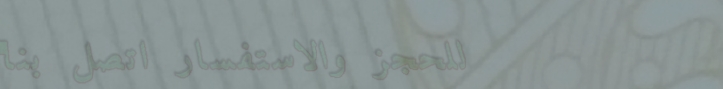
للحجز والاستفسار اتصل بنا